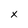
Character: x